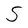
Character: S